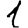
Digit: 1